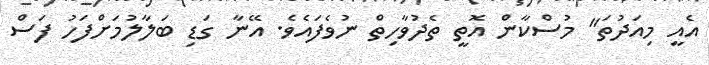
އެއީ މިއަދުތަ" މުސްކާން އޮތީ ތެދުވާހިތް ނުވެފައެވެ. އޭނާ ގަޑި ބަލާލުމަށްފަހު ފަސް